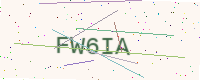
Text: FW6IA